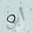
أبي